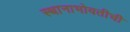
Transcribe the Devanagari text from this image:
स्थानाभोवतीची